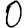
Digit: 0